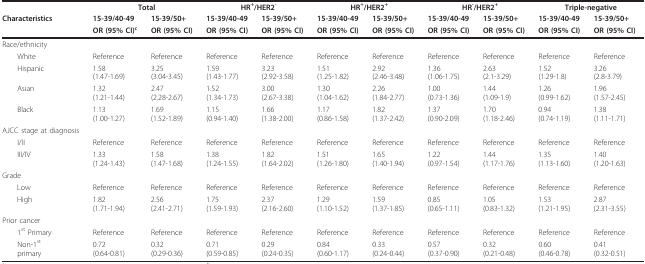
<table><thead><tr><td></td><td colspan="2"><b>Total</b></td><td colspan="2"><b>HR<sup>+</sup>/HER2<sup>-</sup></b></td><td colspan="2"><b>HR<sup>+</sup>/HER2<sup>+</sup></b></td><td colspan="2"><b>HR<sup>-</sup>/HER2<sup>+</sup></b></td><td colspan="2"><b>Triple-negative</b></td></tr><tr><td><b>Characteristics</b></td><td><b>15-39/40-49</b></td><td><b>15-39/50+</b></td><td><b>15-39/40-49</b></td><td><b>15-39/50+</b></td><td><b>15-39/40-49</b></td><td><b>15-39/50+</b></td><td><b>15-39/40-49</b></td><td><b>15-39/50+</b></td><td><b>15-39/40-49</b></td><td><b>15-39/50+</b></td></tr><tr><td></td><td><b>OR (95% CI)<sup>c</sup></b></td><td><b>OR (95% CI)</b></td><td><b>OR (95% CI)</b></td><td><b>OR (95% CI)</b></td><td><b>OR (95% CI)</b></td><td><b>OR (95% CI)</b></td><td><b>OR (95% CI)</b></td><td><b>OR (95% CI)</b></td><td><b>OR (95% CI)</b></td><td><b>OR (95% CI)</b></td></tr></thead><tbody><tr><td>Race/ethnicity</td><td></td><td></td><td></td><td></td><td></td><td></td><td></td><td></td><td></td><td></td></tr><tr><td> White</td><td>Reference</td><td>Reference</td><td>Reference</td><td>Reference</td><td>Reference</td><td>Reference</td><td>Reference</td><td>Reference</td><td>Reference</td><td>Reference</td></tr><tr><td> Hispanic</td><td>1.58(1.47-1.69)</td><td>3.25(3.04-3.45)</td><td>1.59(1.43-1.77)</td><td>3.23(2.92-3.58)</td><td>1.51(1.25-1.82)</td><td>2.92(2.46-3.48)</td><td>1.36(1.06-1.75)</td><td>2.63(2.1-3.29)</td><td>1.52(1.29-1.8)</td><td>3.26(2.8-3.79)</td></tr><tr><td> Asian</td><td>1.32(1.21-1.44)</td><td>2.47(2.28-2.67)</td><td>1.52(1.34-1.73)</td><td>3.00(2.67-3.38)</td><td>1.30(1.04-1.62)</td><td>2.26(1.84-2.77)</td><td>1.00(0.73-1.36)</td><td>1.44(1.09-1.9)</td><td>1.26(0.99-1.62)</td><td>1.96(1.57-2.45)</td></tr><tr><td> Black</td><td>1.13(1.00-1.27)</td><td>1.69(1.52-1.89)</td><td>1.15(0.94-1.40)</td><td>1.66(1.38-2.00)</td><td>1.17(0.86-1.58)</td><td>1.82(1.37-2.42)</td><td>1.37(0.90-2.09)</td><td>1.70(1.18-2.46)</td><td>0.94(0.74-1.19)</td><td>1.38(1.11-1.71)</td></tr><tr><td>AJCC stage at diagnosis</td><td></td><td></td><td></td><td></td><td></td><td></td><td></td><td></td><td></td><td></td></tr><tr><td> I/II</td><td>Reference</td><td>Reference</td><td>Reference</td><td>Reference</td><td>Reference</td><td>Reference</td><td>Reference</td><td>Reference</td><td>Reference</td><td>Reference</td></tr><tr><td> III/IV</td><td>1.33(1.24-1.43)</td><td>1.58(1.47-1.68)</td><td>1.38(1.24-1.55)</td><td>1.82(1.64-2.02)</td><td>1.51(1.26-1.80)</td><td>1.65(1.40-1.94)</td><td>1.22(0.97-1.54)</td><td>1.44(1.17-1.76)</td><td>1.35(1.13-1.60)</td><td>1.40(1.20-1.63)</td></tr><tr><td>Grade</td><td></td><td></td><td></td><td></td><td></td><td></td><td></td><td></td><td></td><td></td></tr><tr><td> Low</td><td>Reference</td><td>Reference</td><td>Reference</td><td>Reference</td><td>Reference</td><td>Reference</td><td>Reference</td><td>Reference</td><td>Reference</td><td>Reference</td></tr><tr><td> High</td><td>1.82(1.71-1.94)</td><td>2.56(2.41-2.71)</td><td>1.75(1.59-1.93)</td><td>2.37(2.16-2.60)</td><td>1.29(1.10-1.52)</td><td>1.59(1.37-1.85)</td><td>0.85(0.65-1.11)</td><td>1.05(0.83-1.32)</td><td>1.53(1.21-1.95)</td><td>2.87(2.31-3.55)</td></tr><tr><td>Prior cancer</td><td></td><td></td><td></td><td></td><td></td><td></td><td></td><td></td><td></td><td></td></tr><tr><td> 1<sup>st </sup>Primary</td><td>Reference</td><td>Reference</td><td>Reference</td><td>Reference</td><td>Reference</td><td>Reference</td><td>Reference</td><td>Reference</td><td>Reference</td><td>Reference</td></tr><tr><td> Non-1<sup>st</sup>primary</td><td>0.72(0.64-0.81)</td><td>0.32(0.29-0.36)</td><td>0.71(0.59-0.85)</td><td>0.29(0.24-0.35)</td><td>0.84(0.60-1.17)</td><td>0.33(0.24-0.44)</td><td>0.57(0.37-0.90)</td><td>0.32(0.21-0.48)</td><td>0.60(0.46-0.78)</td><td>0.41(0.32-0.51)</td></tr></tbody></table>